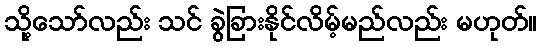
သို့သော်လည်း သင် ခွဲခြားနိုင်လိမ့်မည်လည်း မဟုတ်။